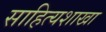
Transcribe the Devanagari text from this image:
साहित्यशाखा